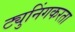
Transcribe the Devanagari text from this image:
ट्युनिंगकरता